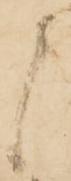
候